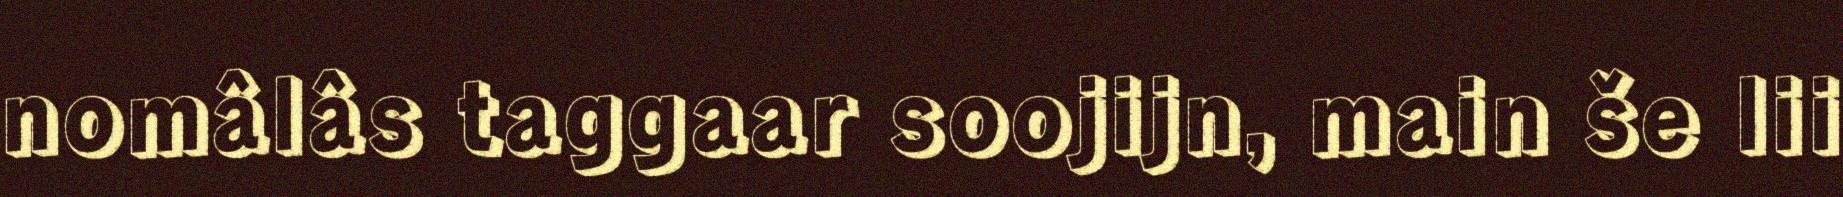
nomâlâs taggaar soojijn, main še lii